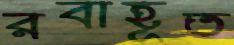
রবাহূত